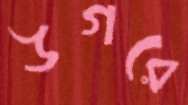
উগরে